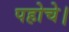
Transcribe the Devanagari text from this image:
पहोचे।